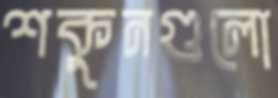
শকুনগুলো